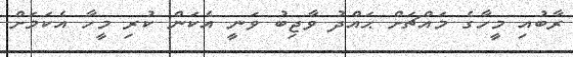
ރާބުއި މީހާގެ މައްޗަށް ޙައްދު ވާޖިބު ވަނީ އެކަން ކުރި މީހާ އެކަމަށް